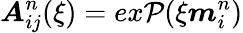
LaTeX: \boldsymbol{A}_{ij}^{n}(\xi)=ex\mathcal{P}(\xi\boldsymbol{m}_{i}^{n})